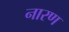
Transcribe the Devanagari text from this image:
नारण